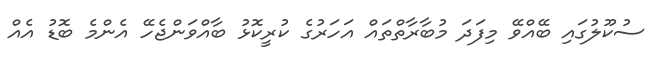
ސުކޫލުގައި ބޭއްވޭ މިފަދަ މުބާރާތްތައް އަހަރުގެ ކުރީކޮޅު ބާއްވަންޖެހޭ އެންމެ ބޮޑު އެއް